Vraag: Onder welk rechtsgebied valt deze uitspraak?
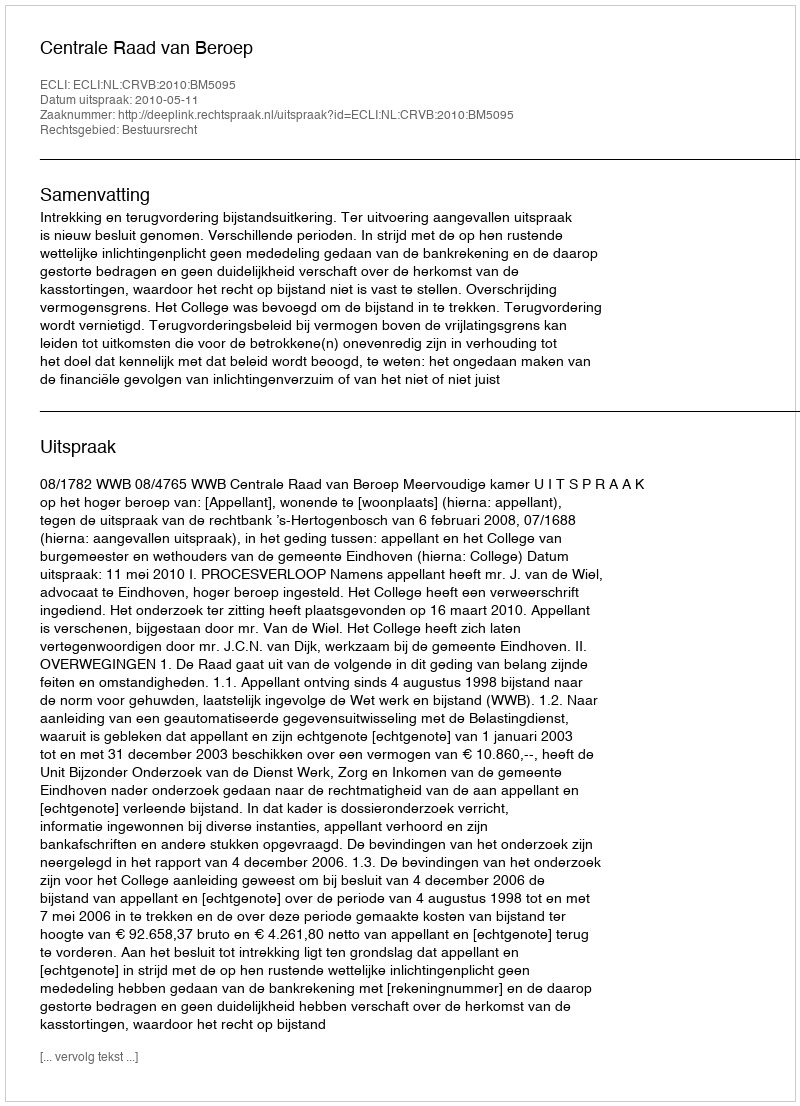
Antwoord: Bestuursrecht